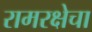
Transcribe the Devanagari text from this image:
रामरक्षेचा